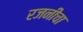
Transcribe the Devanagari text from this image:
रजनीचा